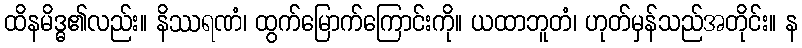
ထိနမိဒ္ဓ၏လည်း။ နိဿရဏံ၊ ထွက်မြောက်ကြောင်းကို။ ယထာဘူတံ၊ ဟုတ်မှန်သည်အတိုင်း။ န